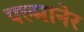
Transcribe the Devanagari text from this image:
पल्मानेर